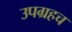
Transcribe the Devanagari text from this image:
उपग्रहच